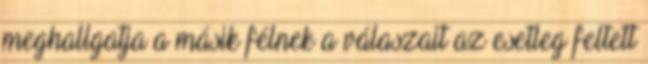
meghallgatja a másik félnek a válaszait az esetleg feltett